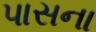
પાસના